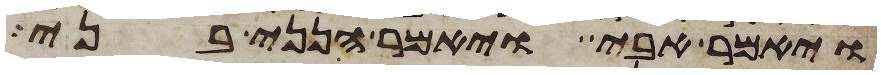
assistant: ויאמר אבי ויאמר הנני בני